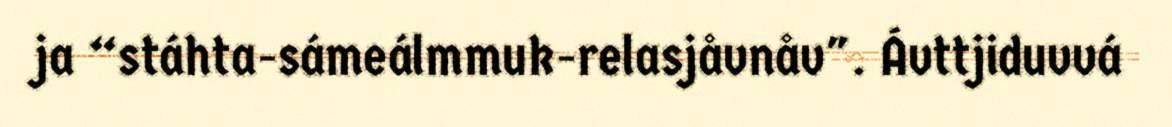
ja “stáhta-sámeálmmuk-relasjåvnåv". Ávttjiduvvá